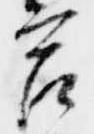
宮